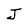
Character: J